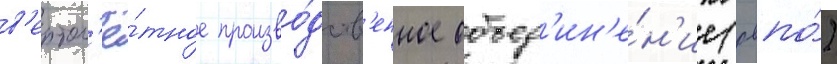
в'ертол'ё́тное произво́дств'енное объед'ин'е́н'ие (рвпо́)